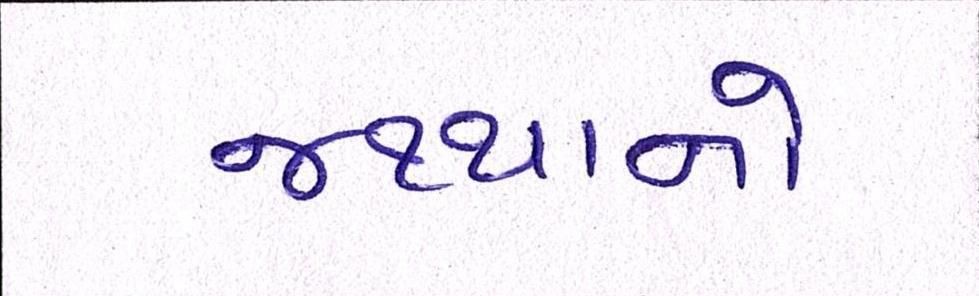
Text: જથ્થાનો